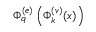
\Phi _ { q } ^ { ( e ) } \left( \Phi _ { k } ^ { ( v ) } ( x ) \right)